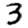
Digit: 3